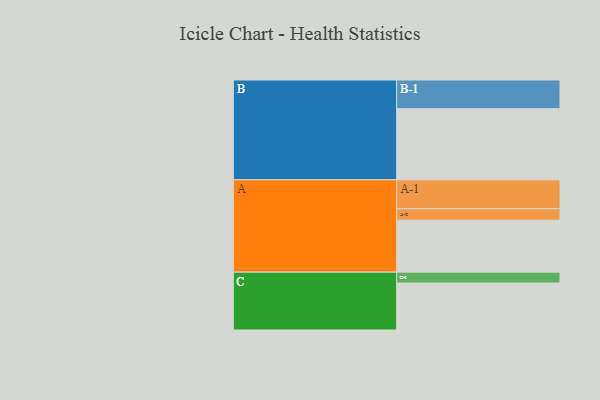
{"axis": {"x": "Segment", "y": "Value"}, "legend": ["", "A", "B", "C"], "data": [{"x": "A", "y": 425, "type": ""}, {"x": "B", "y": 583, "type": ""}, {"x": "C", "y": 385, "type": ""}, {"x": "A-1", "y": 237, "type": "A"}, {"x": "A-2", "y": 94, "type": "A"}, {"x": "B-1", "y": 235, "type": "B"}, {"x": "C-1", "y": 89, "type": "C"}]}